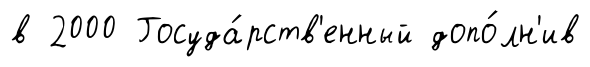
в 2000 Госуда́рств'енный допо́лн'ив